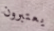
يعتبرون